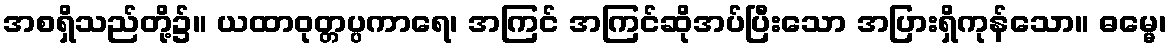
အစရှိသည်တို့၌။ ယထာဝုတ္တပ္ပကာရေ၊ အကြင် အကြင်ဆိုအပ်ပြီးသော အပြားရှိကုန်သော။ ဓမ္မေ၊